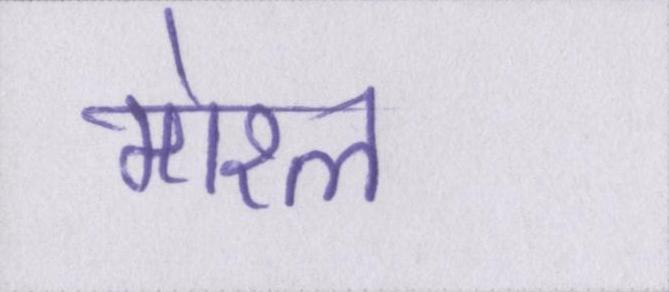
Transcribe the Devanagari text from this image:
मोरल